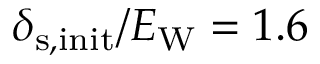
\delta _ { \mathrm { s , i n i t } } / E _ { \mathrm { W } } = 1 . 6